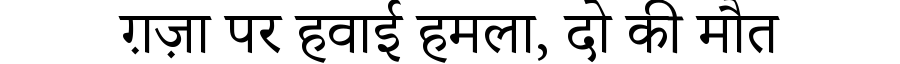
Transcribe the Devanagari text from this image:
ग़ज़ा पर हवाई हमला, दो की मौत